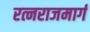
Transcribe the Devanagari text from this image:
रत्नराजमार्ग